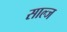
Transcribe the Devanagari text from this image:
साल्ज